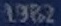
1982